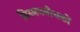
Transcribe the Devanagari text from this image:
विस्मयबोधकों